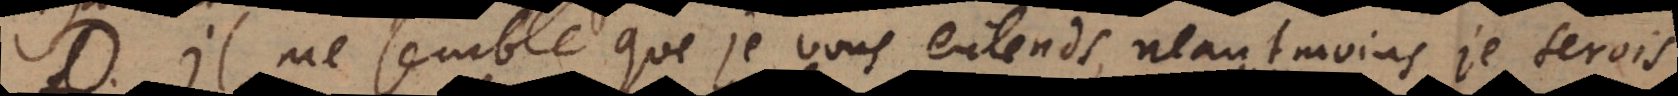
Il me semble que je vous entends, neantmoins je serois